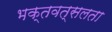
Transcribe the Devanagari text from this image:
भक्तवत्सलता